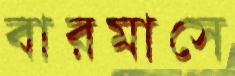
বারমাসে